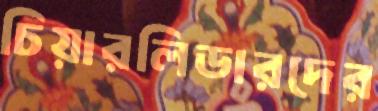
চিয়ারলিডারদের